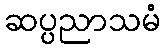
ဆပ္ပညာသမံ